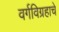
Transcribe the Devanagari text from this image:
वर्गविग्रहाचे